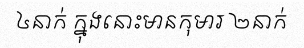
៤នាក់ ក្នុងនោះមានកុមារ ២នាក់